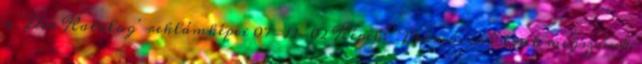
a 'Der Katalog' reklámképei 07-12-02 Képek: 'Promóciós' link megszűnt,